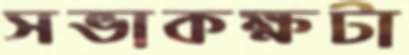
সভাকক্ষটা